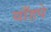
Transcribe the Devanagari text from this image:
याँहपे